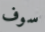
سوف